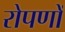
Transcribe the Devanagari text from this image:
रोपणों